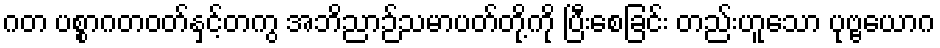
ဂတ ပစ္စာဂတဝတ်နှင့်တကွ အဘိညာဉ်သမာပတ်တို့ကို ပြီးစေခြင်း တည်းဟူသော ပုဗ္ဗယောဂ